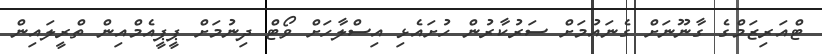
ޓްއަރިޒަމްގެ ގާނޫނަށް ގެނައުމަށް ސަރުކާރުން ހުށައެޅި އިސްލާހަށް ވޯޓް ދިނުމަށް ޕީޕީއެމްއިން ތްރީލައިން